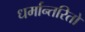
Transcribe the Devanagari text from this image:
धर्मान्तरितों